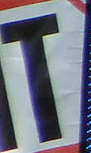
T